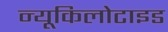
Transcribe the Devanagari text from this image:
न्यूकिलोटाइड